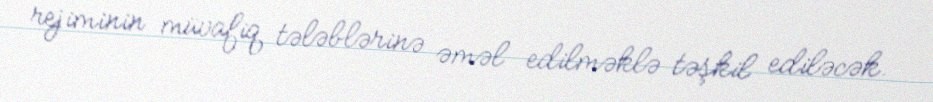
rejiminin müvafiq tələblərinə əməl edilməklə təşkil ediləcək.